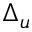
\Delta _ { u }